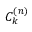
C _ { k } ^ { ( n ) }